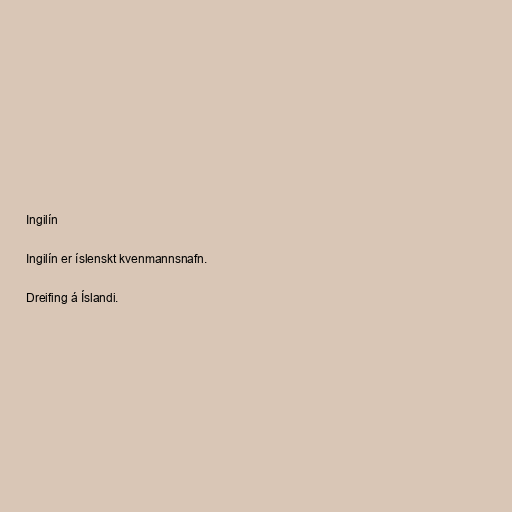
Ingilín

Ingilín er íslenskt kvenmannsnafn.

Dreifing á Íslandi.